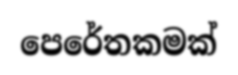
පෙරේතකමක්